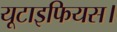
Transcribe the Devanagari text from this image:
यूटाइफियस।